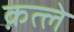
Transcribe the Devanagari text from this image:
क़त्ले